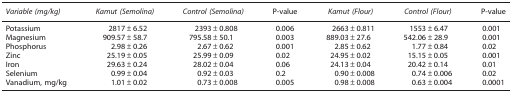
<table><thead><tr><td><b><i>Variable (mg/kg)</i></b></td><td><b><i>Kamut (Semolina)</i></b></td><td><b><i>Control (Semolina)</i></b></td><td><b>P-value</b></td><td><b><i>Kamut (Flour)</i></b></td><td><b><i>Control (Flour)</i></b></td><td><b>P-value</b></td></tr></thead><tbody><tr><td>Potassium</td><td>2817±6.52</td><td>2393±0.808</td><td>0.006</td><td>2663±0.811</td><td>1553±6.47</td><td>0.001</td></tr><tr><td>Magnesium</td><td>909.57±58.7</td><td>795.58±50.1</td><td>0.003</td><td>889.03±27.6</td><td>542.06±28.9</td><td>0.001</td></tr><tr><td>Phosphorus</td><td>2.98±0.26</td><td>2.67±0.62</td><td>0.001</td><td>2.85±0.62</td><td>1.77±0.84</td><td>0.02</td></tr><tr><td>Zinc</td><td>25.19±0.05</td><td>25.99±0.09</td><td>0.02</td><td>24.95±0.02</td><td>15.15±0.05</td><td>0.001</td></tr><tr><td>Iron</td><td>29.63±0.24</td><td>28.02±0.04</td><td>0.06</td><td>24.13±0.04</td><td>20.42±0.14</td><td>0.01</td></tr><tr><td>Selenium</td><td>0.99±0.04</td><td>0.92±0.03</td><td>0.2</td><td>0.90±0.008</td><td>0.74±0.006</td><td>0.02</td></tr><tr><td>Vanadium, mg/kg</td><td>1.01±0.02</td><td>0.73±0.008</td><td>0.005</td><td>0.98±0.008</td><td>0.63±0.004</td><td>0.0001</td></tr></tbody></table>